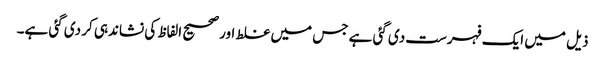
ذیل میں ایک فہرست دی گئی ہے جس میں غلط اور صحیح الفاظ کی نشاندہی کر دی گئی ہے۔